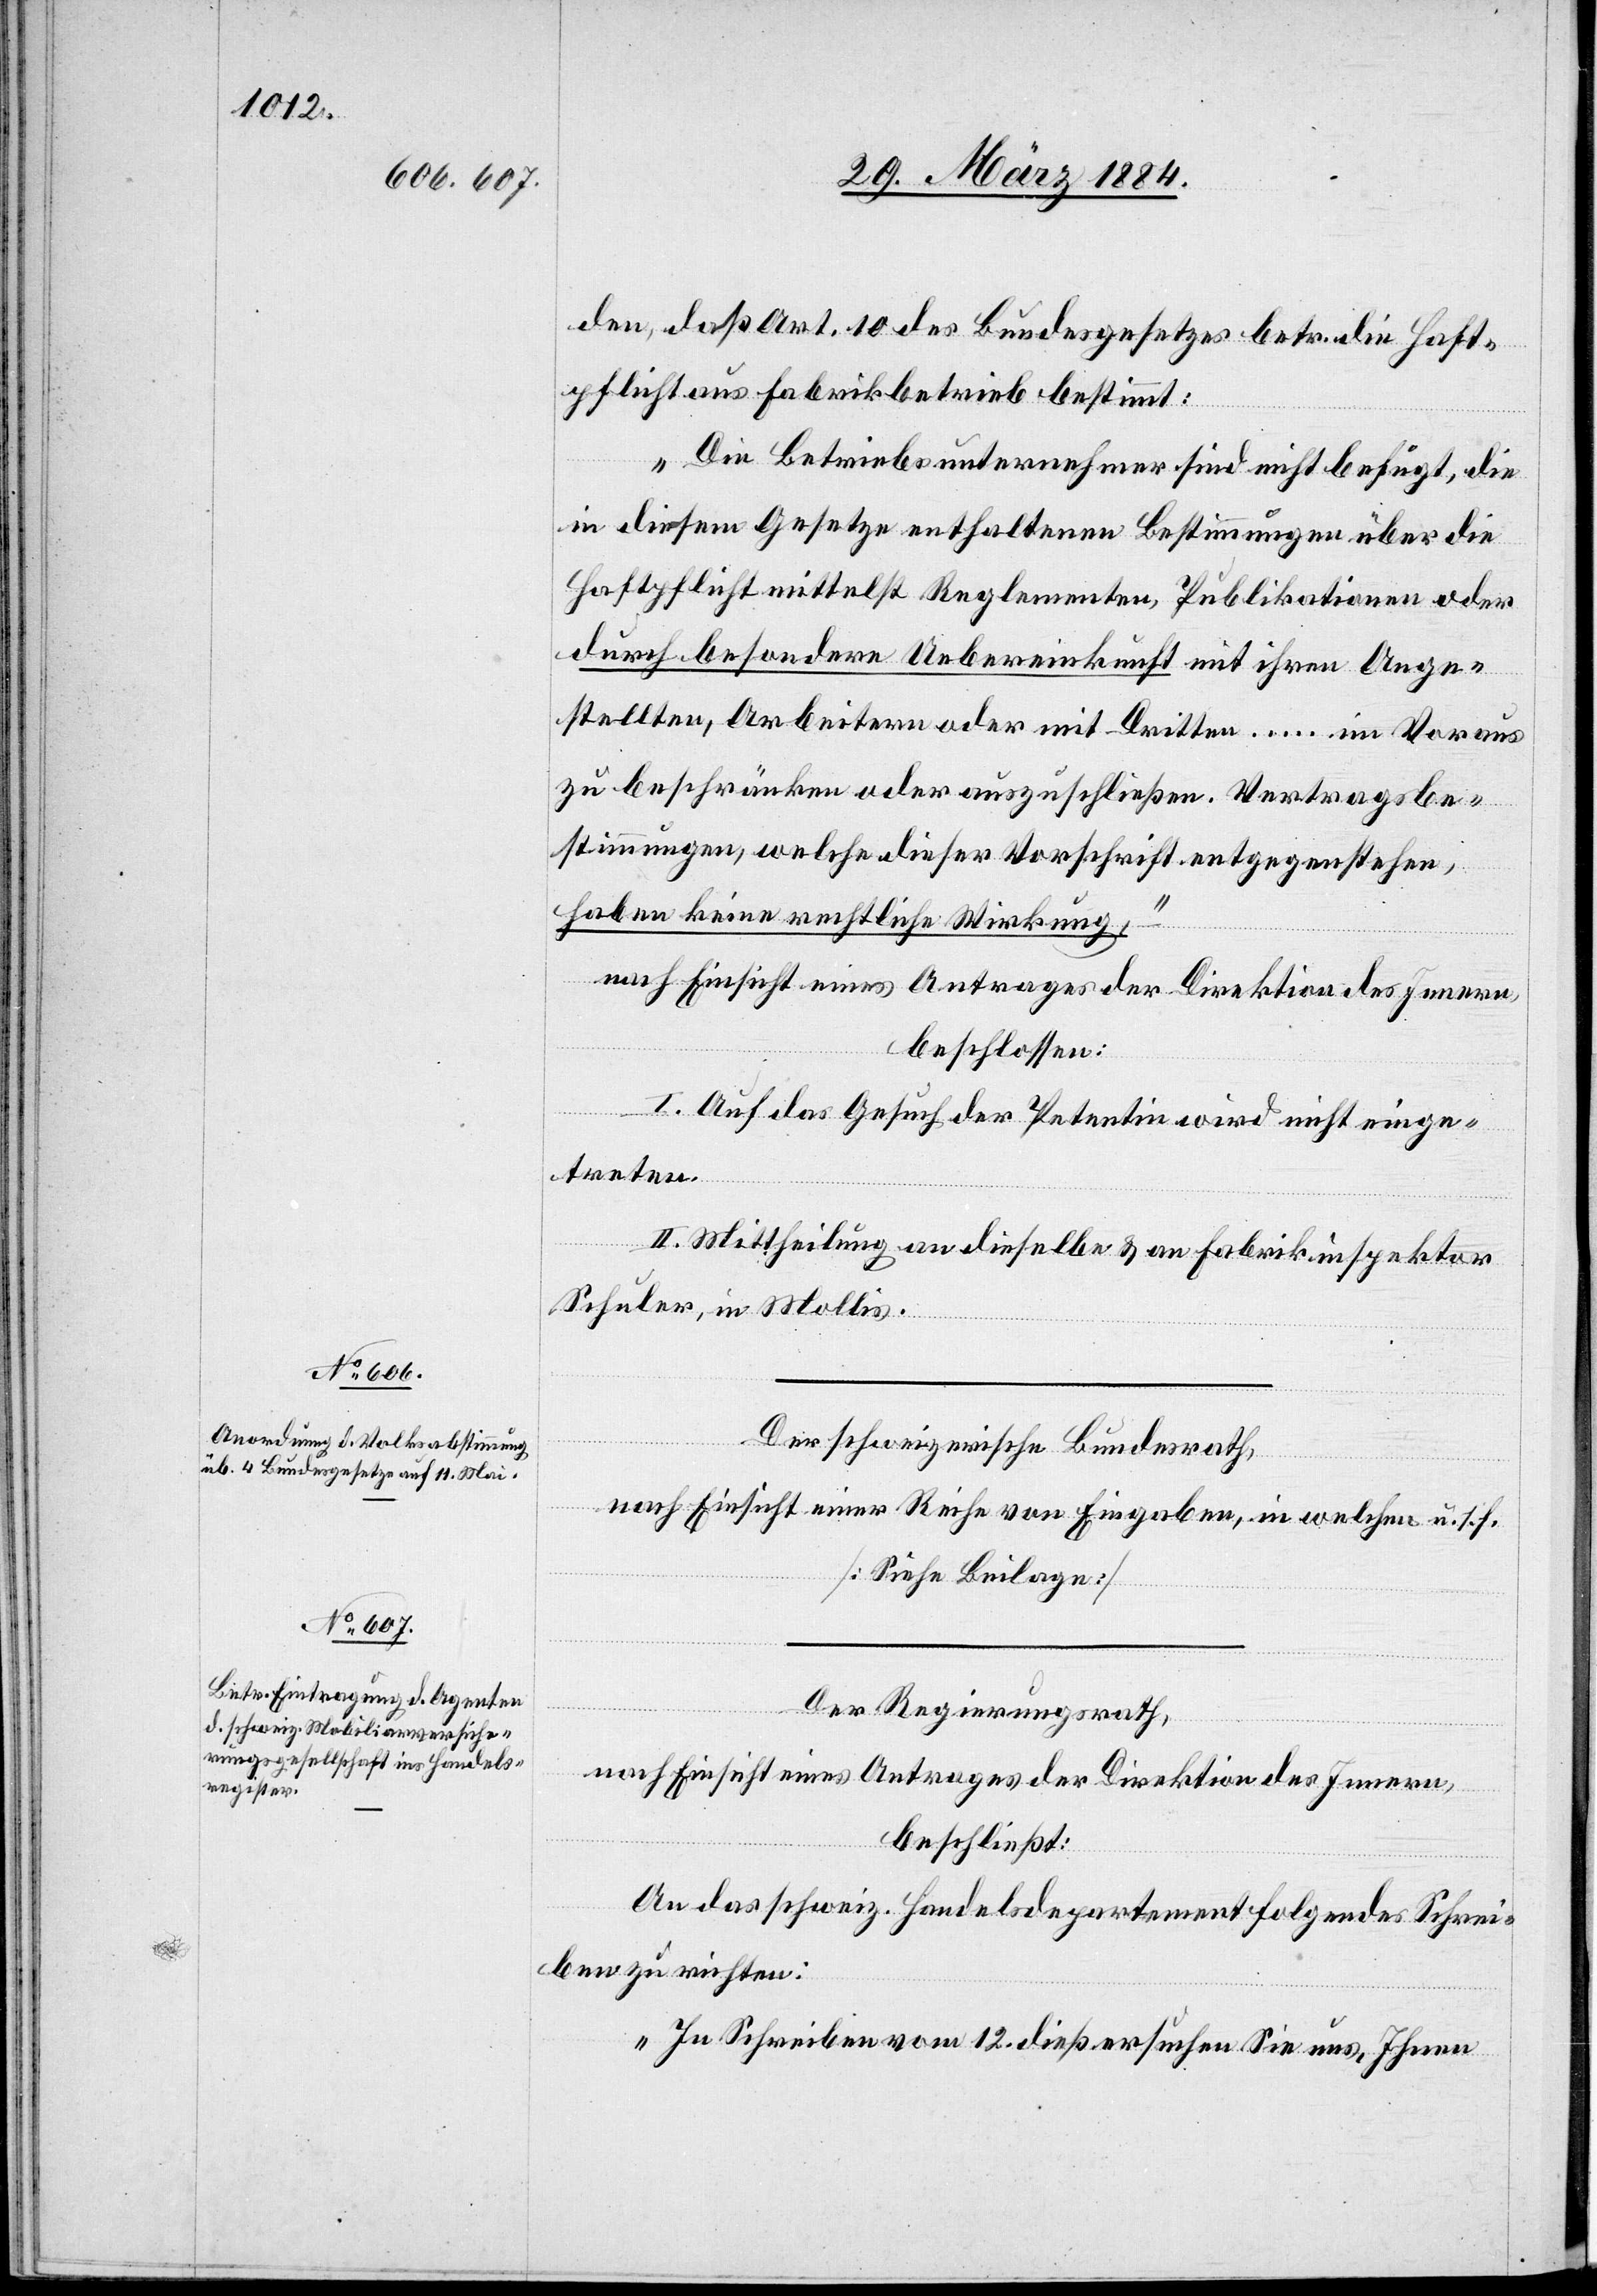
den, daß Art. 10 des Bundesgesetzes betr. die Haft¬
pflicht aus Fabrikbetrieb bestimmt:
„Die Betriebsunternehmer sind nicht befugt, die
in diesem Gesetze enthaltenen Bestimmungen über die
Haftpflicht mittelst Reglemente, Publikationen oder
durch besondere Uebereinkunft mit ihren Ange¬
stellten, Arbeitern oder mit Dritten… im Voraus
zu beschränken oder auszuschließen. Vertragsbe¬
stimmungen, welche dieser Vorschrift entgegenstehen,
haben keine rechtliche Wirkung,–“
nach Einsicht eines Antrags der Direktion des Innern
beschlossen:
I. Auf das Gesuch der Petentin wird nicht einge¬
treten.
II. Mittheilung an dieselbe & an Fabrikinspektor
Schuler, in Mollis.
Der schweizerisches Bundesrath,
nach Einsicht einer Reihe von Eingaben, in welchem u. s. f.
[Siehe Beilage]
Der Regierungsrath,
nach Einsicht eines Antrages der Direktion des Innern,
beschließt:
An das schweiz. Handelsdepartment folgendes Schrei¬
ben zu richten:
„In Schreiben vom 12. dieß ersuchen Sie uns, Ihnen